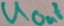
Text: UOut